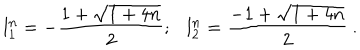
{ l _ { 1 } ^ { n } } = - \frac { 1 + \sqrt { 1 + 4 n } } { 2 } ; { l _ { 2 } ^ { n } } = \frac { - 1 + \sqrt { 1 + 4 n } } { 2 } ~ .